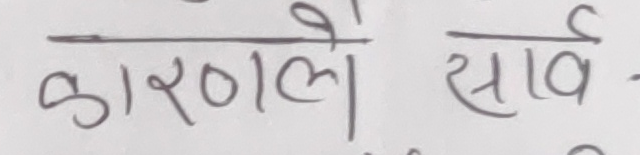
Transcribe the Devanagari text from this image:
कारणले साव